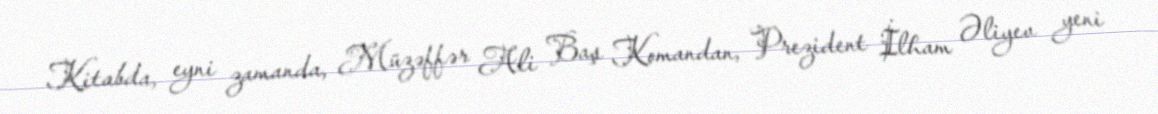
Kitabda, eyni zamanda, Müzəffər Ali Baş Komandan, Prezident İlham Əliyev yeni